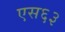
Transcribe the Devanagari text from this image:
एस६३